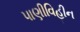
પાણીવિહીન